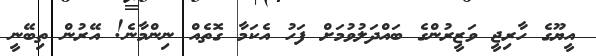
އީޔޫގެ ހާރިޖީ ވަޒީރުންގެ ބައްދަލުވުމަށް ފަހު އެކަމާ ގޮތެއް ނިންމާނެ! އޭރުން ތިބޭނީ